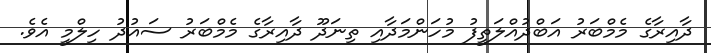
ދާއިރާގެ މެމްބަރު އަބްދުއްލަތީފު މުހަންމަދާއި ތިނަދޫ ދާއިރާގެ މެމްބަރު ސައުދު ހިލްމީ އެވެ.